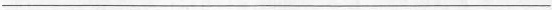
___